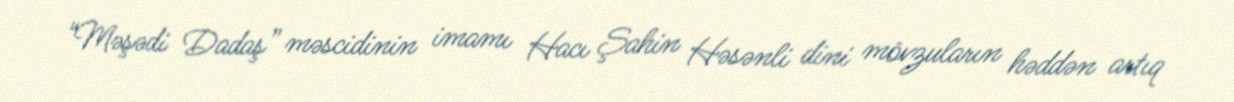
“Məşədi Dadaş” məscidinin imamı Hacı Şahin Həsənli dini mövzuların həddən artıq